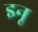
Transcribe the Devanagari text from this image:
इनू